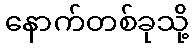
နောက်တစ်ခုသို့